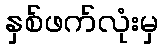
နှစ်ဖက်လုံးမှ